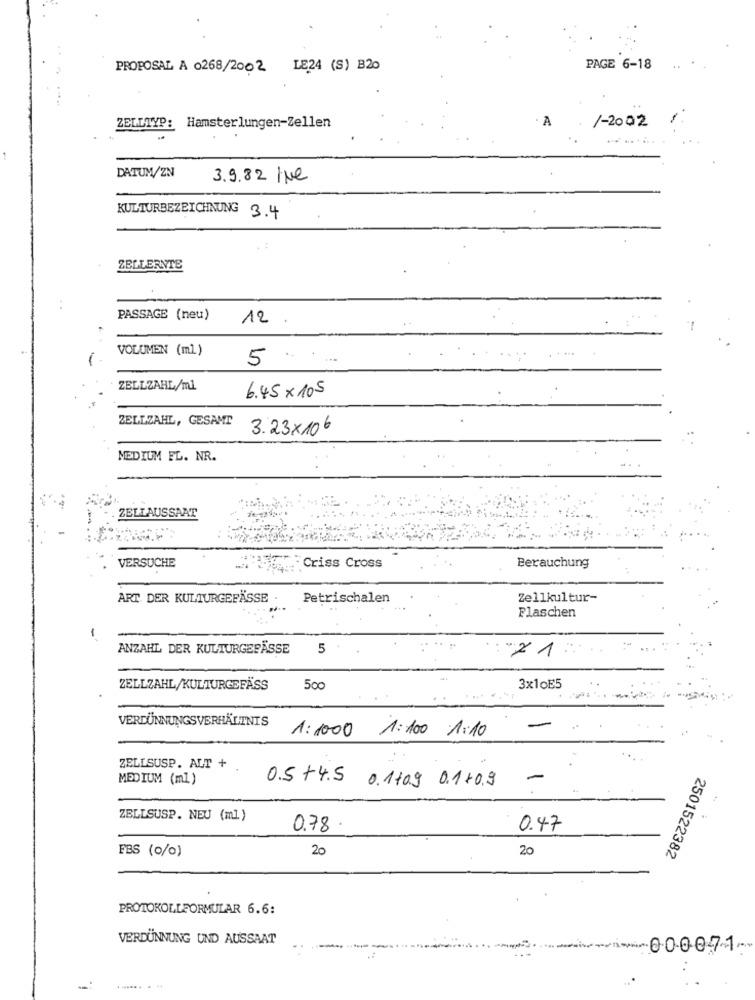
PROPOSAL A 0268/2002 LE24 (S) B20
PAGE 6-18
· A
ZELLTYP: Hamsterlungen-Zellen
1-2002
DATUM/ZN
3.9.82 /ve
KULTURBEZEICHNUNG
3.4
ZELLERNTE
PASSAGE (neu)
12
VOLUMEN (ml)
5
.... ...
ZELLZAHE/ml
6.45× 105
ZELLZAHL, GESAMT
3.23x 106
MEDIUM FL. NR.
ZELLAUSSAAT
VERSUCHE
Criss Cross
Berauchung
ART DER KULTURGEFÄSSE .
Petrischalen
Zellkultur-
Flaschen
-
ANZAHL DER KULTURGEFÄSSE
5
ZELLZAHL/KULTURGEFÄSS
500
3x1oË5
VERDÜNNUNGSVERHÄLTNIS
1: 1000 1:100 1:10
ZELLSUSP. ALT +
MEDIUM (ml )
-
0.5+4.5 0.1109 0.1+0.9
ZELLSUSP. NEU (ml)
0.78
0.47
FBS (0/0)
20
20
2501522382
PROTOKOLLFORMULAR 6.6:
VERDÜNNUNG UND AUSSAAT
person.00.0071